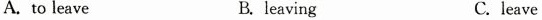
A. to leave B.leaving C. leave